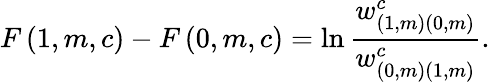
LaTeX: F\left(1,m,c\right)-F\left(0,m,c\right)=\ln\frac{w_{\left(1,m\right)\left(0,m\right)}^{c}}{w_{\left(0,m\right)\left(1,m\right)}^{c}}.